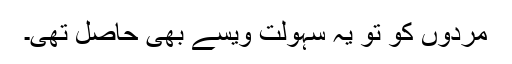
مردوں کو تو یہ سہولت ویسے بھی حاصل تھی۔